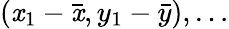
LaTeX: (\mathit{x}_{1}-{\bar{{\mathit{x}}}},y_{1}-{\bar{{y}}}),\dots